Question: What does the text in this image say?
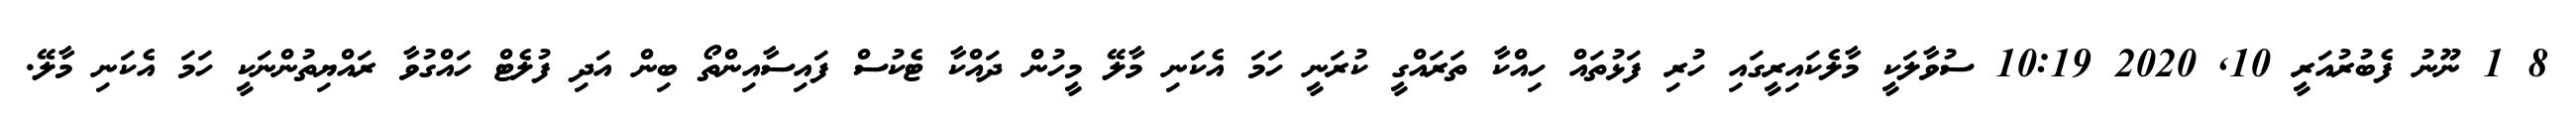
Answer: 8 1 ނޫނު ފެބުރުއަރީ 10, 2020 10:19 ސުވާލަކީ މާލެކައިރީގައި ހުރި ފަޅުތައް ހިއްކާ ތަރައްގީ ކުރަނީ ހަމަ އެކަނި މާލޭ މީހުން ދައްކާ ޓެކުސް ފައިސާއިންތޯ ބިން އަދި ފުލެޓް ހައްގުވާ ރައްޔިތުންނަކީ ހަމަ އެކަނި މާލޭ.